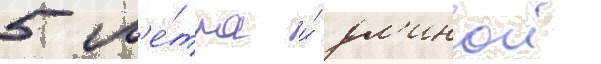
5 м'е́тра и́ дл'инои